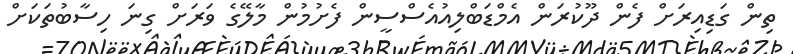
ތިން ގަޑިއިރަށް ފެން ދޫކުރަން އެމްޑަބްލިއުއެސްސީން ފެށުމުން މާލޭގެ ވަރަށް ގިނަ ހިސާބުތަކަށް